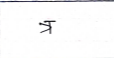
मजकूर: त्र